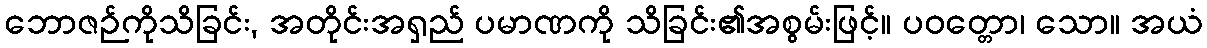
ဘောဇဉ်ကိုသိခြင်း, အတိုင်းအရှည် ပမာဏကို သိခြင်း၏အစွမ်းဖြင့်။ ပဝတ္တော၊ သော။ အယံ